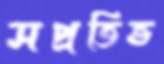
সপ্রতিভ